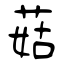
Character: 菇